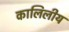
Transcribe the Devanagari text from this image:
कालिलीय